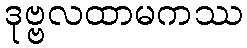
ဒုဗ္ဗလထာမကဿ